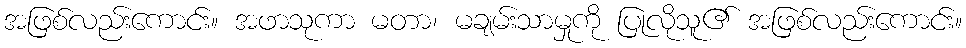
အဖြစ်လည်းကောင်း။ အဖာသုကာ မတာ၊ မချမ်းသာမှုကို ပြုလိုသူ၏ အဖြစ်လည်းကောင်း။